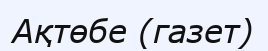
Ақтөбе (газет)